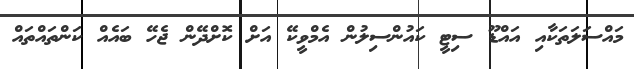
މައްސަލަތަކާއި އައްޑޫ ސިޓީ ކައުންސިލުން އެމްވީކޭ އަށް ކޮށްދޭން ޖެހޭ ބައެއް ކަންތައްތައް